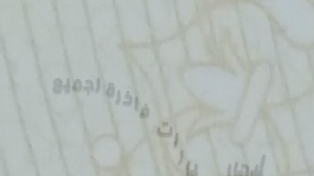
إيجار سيارات فاخرة لجميع